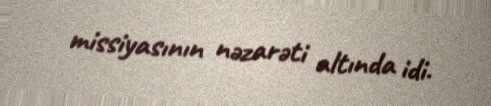
missiyasının nəzarəti altında idi.